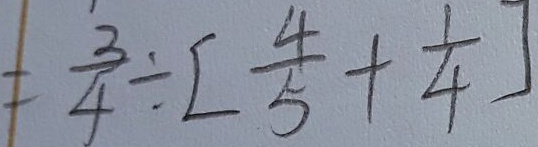
= \frac { 3 } { 4 } \div [ \frac { 4 } { 5 } + \frac { 1 } { 4 } ]